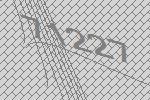
71227